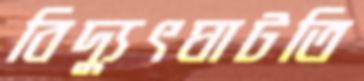
বিদ্যুৎঘাটতি